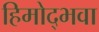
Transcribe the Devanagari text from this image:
हिमोद्भवा